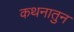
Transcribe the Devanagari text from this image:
कथनातुन